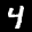
Label: 4